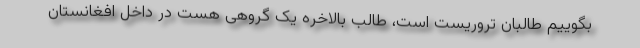
بگوییم طالبان تروریست است، طالب بالاخره یک گروهی هست در داخل افغانستان